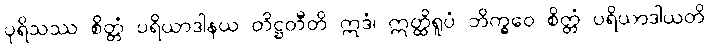
ပုရိသဿ စိတ္တံ ပရိယာဒါနယ တိဋ္ဌတီတိ ဣဒံ၊ ဣတ္ထိရူပံ ဘိက္ခဝေ စိတ္တံ ပရိယာဒါယတိ